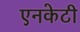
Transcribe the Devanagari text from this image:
एनकेटी